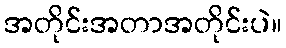
အတိုင်းအတာအတိုင်းပဲ။